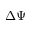
\Delta \Psi